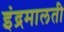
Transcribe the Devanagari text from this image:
इंद्रमालती